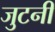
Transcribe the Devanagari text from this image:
जुटनी